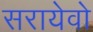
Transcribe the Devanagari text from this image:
सरायेवो